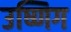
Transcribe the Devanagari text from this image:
उष्णिग